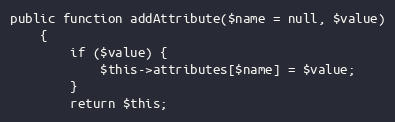
Language: PHP
public function addAttribute($name = null, $value)
    {
        if ($value) {
            $this->attributes[$name] = $value;
        }
        return $this;